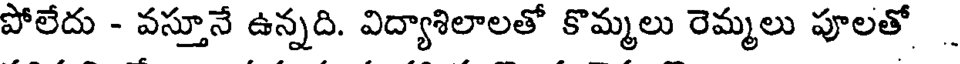
పోలేదు - వస్తూనే ఉన్నది. విద్యాశిలాలతో కొమ్మలు రెమ్మలు పూలతో .